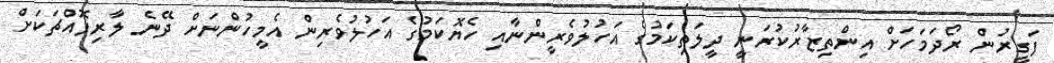
ފަގީރުން ރޯދަމަހަށް އިންތިޒާރުކުރަނީ ދީލަތިކަމުގެ އަހުލުވެރީންނާއި ހެޔޮކަމުގެ އަހުލުވެރިން އެމީހުންނަށް ދޭނެ ލާރިފޮއްޗަކަށް